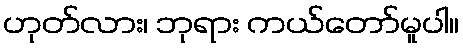
ဟုတ်လား၊ ဘုရား ကယ်တော်မူပါ။